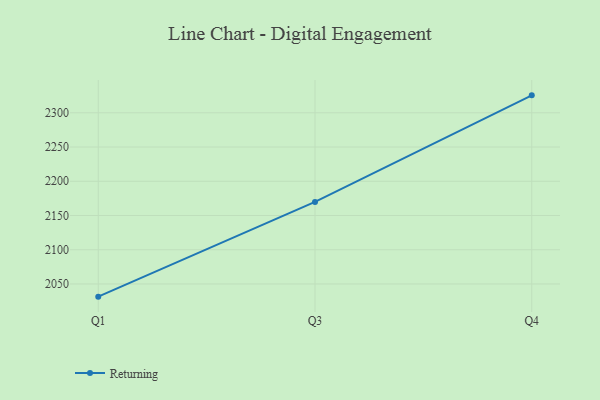
{"axis": {"x": "Quarter", "y": "Operating Costs (USD K)"}, "legend": ["Returning"], "data": [{"x": "Q1", "y": 2031.5, "type": "Returning"}, {"x": "Q3", "y": 2169.8, "type": "Returning"}, {"x": "Q4", "y": 2325.5, "type": "Returning"}]}